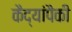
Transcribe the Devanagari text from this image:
कैद्यांपैकी